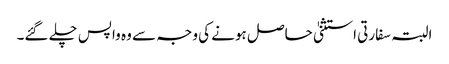
البتہ سفارتی استثنیٰ حاصل ہونے کی وجہ سے وہ واپس چلے گئے۔